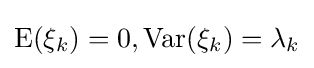
\operatorname {E} (\xi _{k})=0,\operatorname {Var} (\xi _{k})=\lambda _{k}